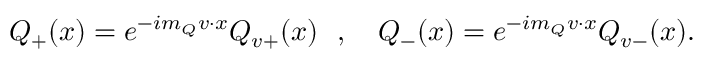
Q _ { + } ( x ) = e ^ { - i m _ { Q } v \cdot x } { \cal Q } _ { v + } ( x ) ~ ~ , ~ ~ ~ Q _ { - } ( x ) = e ^ { - i m _ { Q } v \cdot x } { \cal Q } _ { v - } ( x ) .